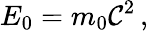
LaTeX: E_{0}=m_{0}\mathcal{C}^{2}\, ,